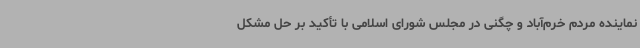
نماینده مردم خرم‌آباد و چگنی در مجلس شورای اسلامی با تأکید بر حل مشکل